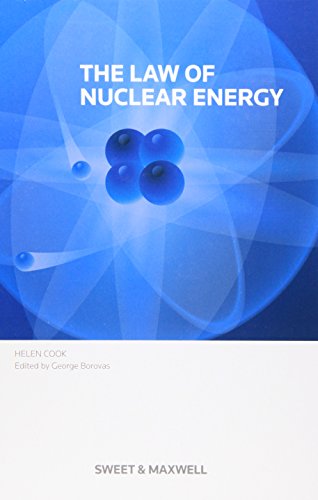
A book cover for Law of Nuclear Power; Helen Cook; Law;